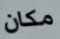
مكان